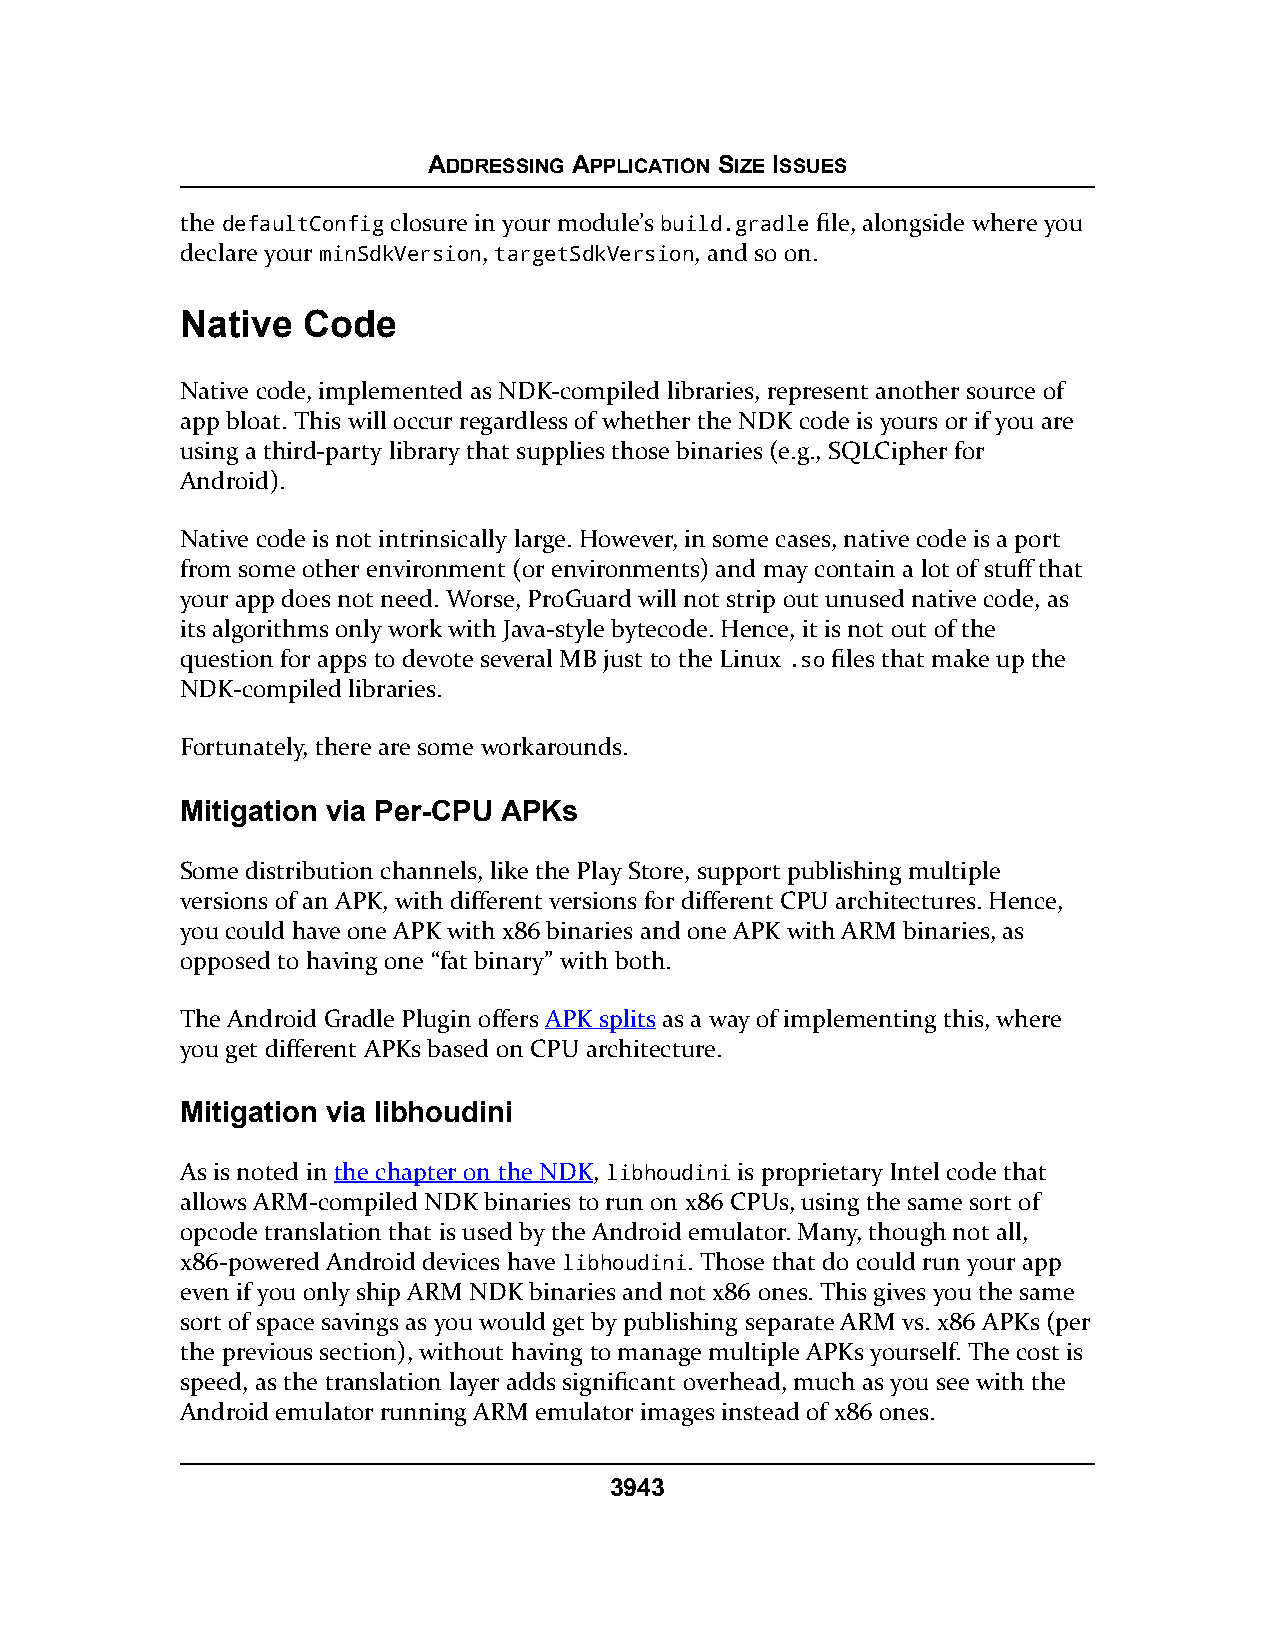
ADDRESSING APPLICATION SIZE ISSUES
 the defaultConfig closure in your module’s build.gradle file, alongside where you
 declare your minSdkVersion, targetSdkVersion, and so on.
 Native  Code
 Native code, implemented as NDK-compiled libraries, represent another source of
 app bloat. This will occur regardless of whether the NDK code is yours or if you are
 using a third-party library that supplies those binaries (e.g., SQLCipher for
 Android).
 Native code is not intrinsically large. However, in some cases, native code is a port
 from some other environment (or environments) and may contain a lot of stuff that
 your app does not need. Worse, ProGuard will not strip out unused native code, as
 its algorithms only work with Java-style bytecode. Hence, it is not out of the
 question for apps to devote several MB just to the Linux .so files that make up the
 NDK-compiled libraries.
 Fortunately, there are some workarounds.
 Mitigation via Per-CPU APKs
 Some distribution channels, like the Play Store, support publishing multiple
 versions of an APK, with different versions for different CPU architectures. Hence,
 you could have one APK with x86 binaries and one APK with ARM binaries, as
 opposed to having one “fat binary” with both.
 The Android Gradle Plugin offers APK splits as a way of implementing this, where
 you get different APKs based on CPU architecture.
 Mitigation via libhoudini
 As is noted in the chapter on the NDK, libhoudini is proprietary Intel code that
 allows ARM-compiled NDK binaries to run on x86 CPUs, using the same sort of
 opcode translation that is used by the Android emulator. Many, though not all,
 x86-powered Android devices have libhoudini. Those that do could run your app
 even if you only ship ARM NDK binaries and not x86 ones. This gives you the same
 sort of space savings as you would get by publishing separate ARM vs. x86 APKs (per
 the previous section), without having to manage multiple APKs yourself. The cost is
 speed, as the translation layer adds significant overhead, much as you see with the
 Android emulator running ARM emulator images instead of x86 ones.
 3943